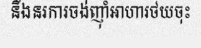
នឹងនរការចង់ញ៉ាំអាហារថយចុះ